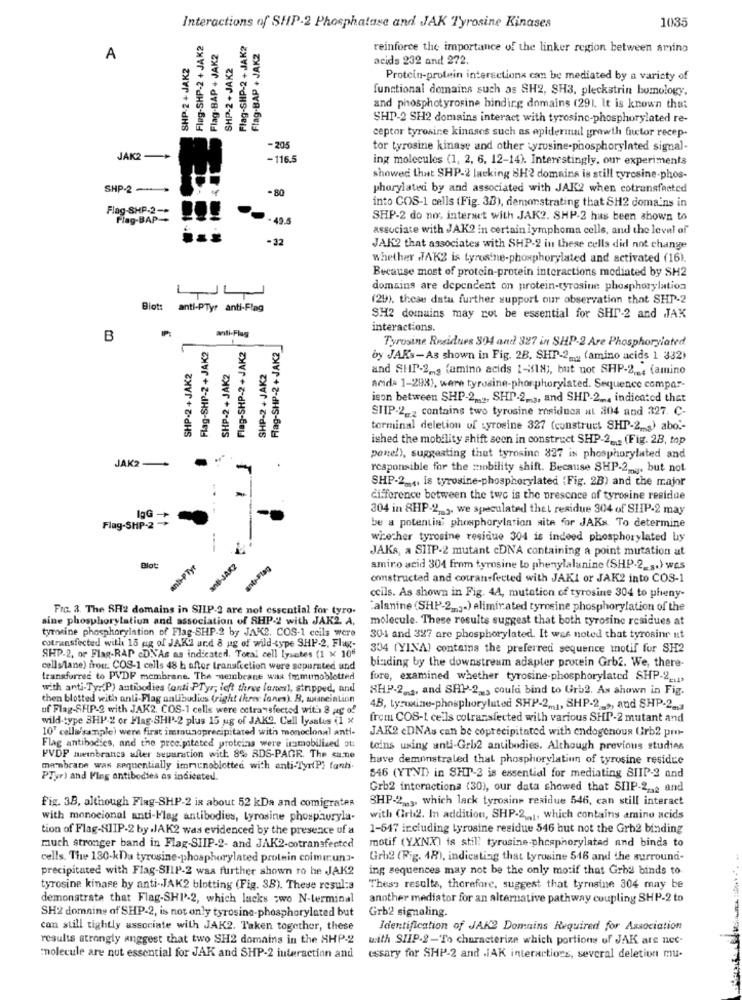
1035
Interactions of SHP-2 Phosphatase and JAK Tyrosine Kinases
Flag-SHP-2 + JAK2
Flag-SHP-2 + JAK2
Flag.BAP + JAK2
Flag-BAP + JAK2
reinforce the importance of the linker region between amino
A
SHP-2 + JAK2
SHP-2 + JAK2
acids 232 and 272.
Protein-protein interactions can be mediated by a variety of
functional domains such as SH2, SH3, pleckstrin homology,
and phosphotyrosine hindirg domains (291. It is known that
SHP-2 SH2 domains interact with tyrosinc-phosphorylated re-
ceptor tyrosine kinases such as epidermal growth factor recep-
-205
tor tyrosine kinase and other wyrusine-phosphorylated signal-
JAK2 -+
-116.5
ing molecules (1, 2, 6, 12-14). Interestingly, our experiments
showed that SHP-2 lacking 8H2 domains is still tyrosine-phos-
SHP-2 .
-80
phorylated by and associated with JAK2 when cotransfected
into COS-1 cells (Fig. 30), demonstrating that SH2 domains in
Flag-SHP-2-
Plag-BAP-
49.5
SHP-2 do no, interact with JAK2. SHP-2 has been shown to
associate with JAK2 in certain lymphoma cells, and the level of"
-32
JAK2 that associates with SHP-2 in these cells did not change
whether TAK2 is tyrosine-phosphorylated and activated (16).
Because most of protein-protein interactions mediated by SH2
domains are dependent on protein-tyrosine phosphorylation
(29). these datu further support our observation that SHP-2
Blot: anti-PTyr anti-Flag
SH2 domains may not be essential for SHI-2 and JAK
anti-Flag
interactions.
B
Flag-SHP-2 + JAK2
Tyrosine Residues 894 and 327 in SHP-2 Are Phosphoryiated
Flag-SHP-2+ JAK2
Frag-SHP-2 + JAK2
by JAK's-As shown in Fig. 2B. SHP-2 __ (amino acids 1 332)
SHP-2+ JAK2
SHP-2+ JAK2
SHP-2+ JAK2
and SHP-2mg (amino acids 1-18), but not SHP-2 ,.. (amino
acid- 1-298), were tyrosine-phosphorylated. Sequence compar-
ison between SHP-2 .... SHP-2ms, and SHP-2 ... indicated that
SHIP-2_2 contains two tyrosine rosiduca at 304 and 327. C-
terminal deletion of tyrosine 327 (construct SHP-2 ... ) abo .-
ished the mobility shift seen in construct SHP-2 ... (Fig. 28, top
JAK2-
pene!), suggesting that tyrosine 827 is phosphorylated and
responsible for the mobility shift. Because SHP-22 .. but not
SHP-2. .. is tyrosine-phosphorylated (Fig. 28) and the major
difference between the two is the presence of tyrosine residue
304 in 8HP-2 ,.,. we speculated thel residue 304 of SHIP-2 may
Flag-SHP-2 +
be a potential phosphorylation site for JAKs. To determine
whether tyrosine residue 304 is indeed phosphorylated by
JAKs, a SIIP-2 mutant cDNA containing a point mutation at
anti-PTyr
anti-JAK2
Blot:
amino acid 301 from tyrosine lo phenylalanine (SHP-2 _.. ) wes
constructed and cotransfected with JAKI or JAK2 into COS-1
ccils. As shown in Fig. 44, mutation of tyrosine 304 to pheny-
Fre. 3. The SH2 domains in SHIP-2 are not essential for tyro.
:alanine (SHP-22 ,. ) eliminated tyrosine phosphorylation of the
sine phosphorylation and association of SHP-2 with JAK2. A.
molecule. These results suggest that both tyrosine residues at
tyrosine phosphorylation of Flag-SHP-2 by JAK2. COS-1 ccils were
cotransfected with 18 ag of JAK2 and 8 ug of wild-type SHP-2, Flax-
304 and 327 are phosphorylated. It was noted that tyrosinr ut
304 (YINA) contains the preferred sequence motif for SH2
SHP-2, or Flag-RAP cDNAs as indicated. Total cell lysates (1 x 106
cells/lane) frou. COS-1 cells 48 h after transfection were separated und
binding by the downstream adapter protein Grb2. We, there-
transferred to PVDF membrane. The membrane was immunoblotted
fore, examined whether tyrosine-phosphorylated SHP-2 _...
with anti-Ty.(P) antibodies (anti PTyr, left three lanes), stripped, and
SHP-2_a, and SHP-2 _, could bind to Grb2. As shown in Fig.
then blotted with anti-Flag antibodies (right ihrer Jones). B, umeintion
uf Flag-SHP-2 with JAK2. COS-1 cells were octraysfected with 8 ag of
4.B, tyrosine-phosphoryluted SHP-2 ,.,, SHP-2 ., and SHP-2-3
wild type 3HP-2 or Flag-SHI-2 plus 15 ug of JAK9. Cell lysalus il x
frem COS-1 cells cotransfected with various SHP-2 mutant and
10' cells/sample) were first immunoprecipitated with monoclonal anti-
JAK2 cDNAs can be coprecipitated with endogenous Urb2 pro-
Flag antibodies, and the precipitated proteina were irsmobilised ot:
teins using anti-Grb2 antibodies. Although previous studies
PVDF mwinbrancs after separation with 8% RDS-PAGR. The sane
have demonstrated that phosphorylatiun of tyrosine residce
membrane was sequentially immunoblotted with anti-Tyr(P? fanti.
PTyr) and Ping antibodies as indicated.
546 (YTVD) in SHI-2 is essential for mediating SIIP-2 and
Grb2 interactiona (30), our data showed that SHIP-22.2 and
SHP-2 ,.,, which lack tyrosine residue 546, can still interact
Fig. 3B, although Flag-SHP-2 is about 52 kDa and comigrates
with monocional anti-Flag antibodies, tyrosine phosphoryla-
with Gri2. In addition, SHP-2, which contains amino acids
tion of Flag-SIIP-2 by .JAK2 was evidenced by the presence uf a
1-547 including tyrosine residue 546 but not the Grh2 binding
motif (YXNX) is still tyrosine-phosphorylatad and binds to
much stronger band in Flag-SIIP-2- and JAK2-cotransfected
cells. The 130-kDa tyrosine-phosphorylated protein colmirun"-
Grb2 (Fig. 48), indicating that tyrosine 546 and the surround-
precipitated with Flag-SIIP-2 waa further shown ro he JAK2
ing sequences may not be the only motif that Grb2 binds to
tyrosine kinase by anti-JAK2 blotting (Fig. 38). These resul:a
Thess results, therefore, suggest that tyrosine 304 may be
demonstrate that Flag-SHI-2, which lacks zwo N-terminal
another mediator for an alternative pathway coupling SHP-2 to
Grb2 signaling.
SH2 domains of SHP-2, is not only tyrosine-phosphorylated but
can still tightly associate with JAK2. Taken together, these
Identification of JAK2 Domains Required for Association
results strongly anggest that two SH2 domains in the SHP-2
with SHIP-2-To characterize which portions of JAK are nec-
molecule are nut essential for JAK and SHP-2 interaction and
essary for SHP-2 and IAK interactions, several deletion mu-